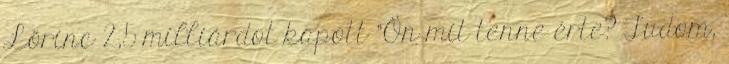
Lőrinc 2,5 milliárdot kapott "Ön mit tenne érte? Tudom,